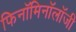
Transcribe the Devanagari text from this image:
फिनॉमिनॉलॉजी